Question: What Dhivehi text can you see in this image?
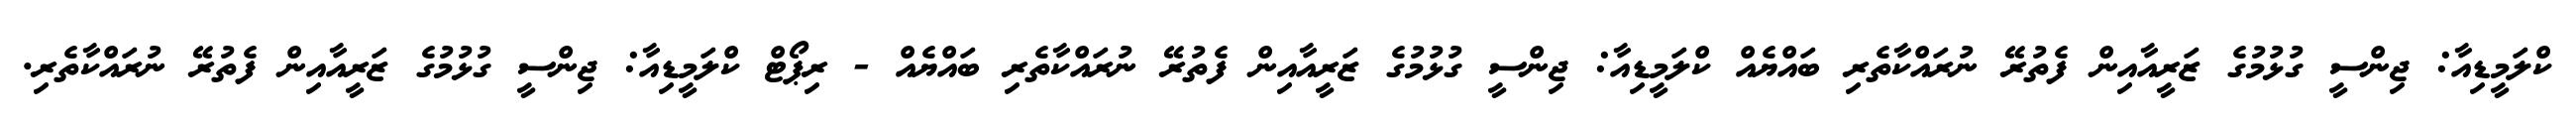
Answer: ކްލަމީޑިއާ: ޖިންސީ ގުޅުމުގެ ޒަރީއާއިން ފެތުރޭ ނުރައްކާތެރި ބައްޔެއް ކްލަމީޑިއާ: ޖިންސީ ގުޅުމުގެ ޒަރީއާއިން ފެތުރޭ ނުރައްކާތެރި ބައްޔެއް - ރިޕޯޓް ކްލަމީޑިއާ: ޖިންސީ ގުޅުމުގެ ޒަރީއާއިން ފެތުރޭ ނުރައްކާތެރި.